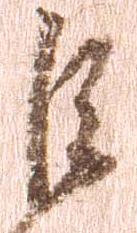
巨